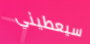
سيعطيني